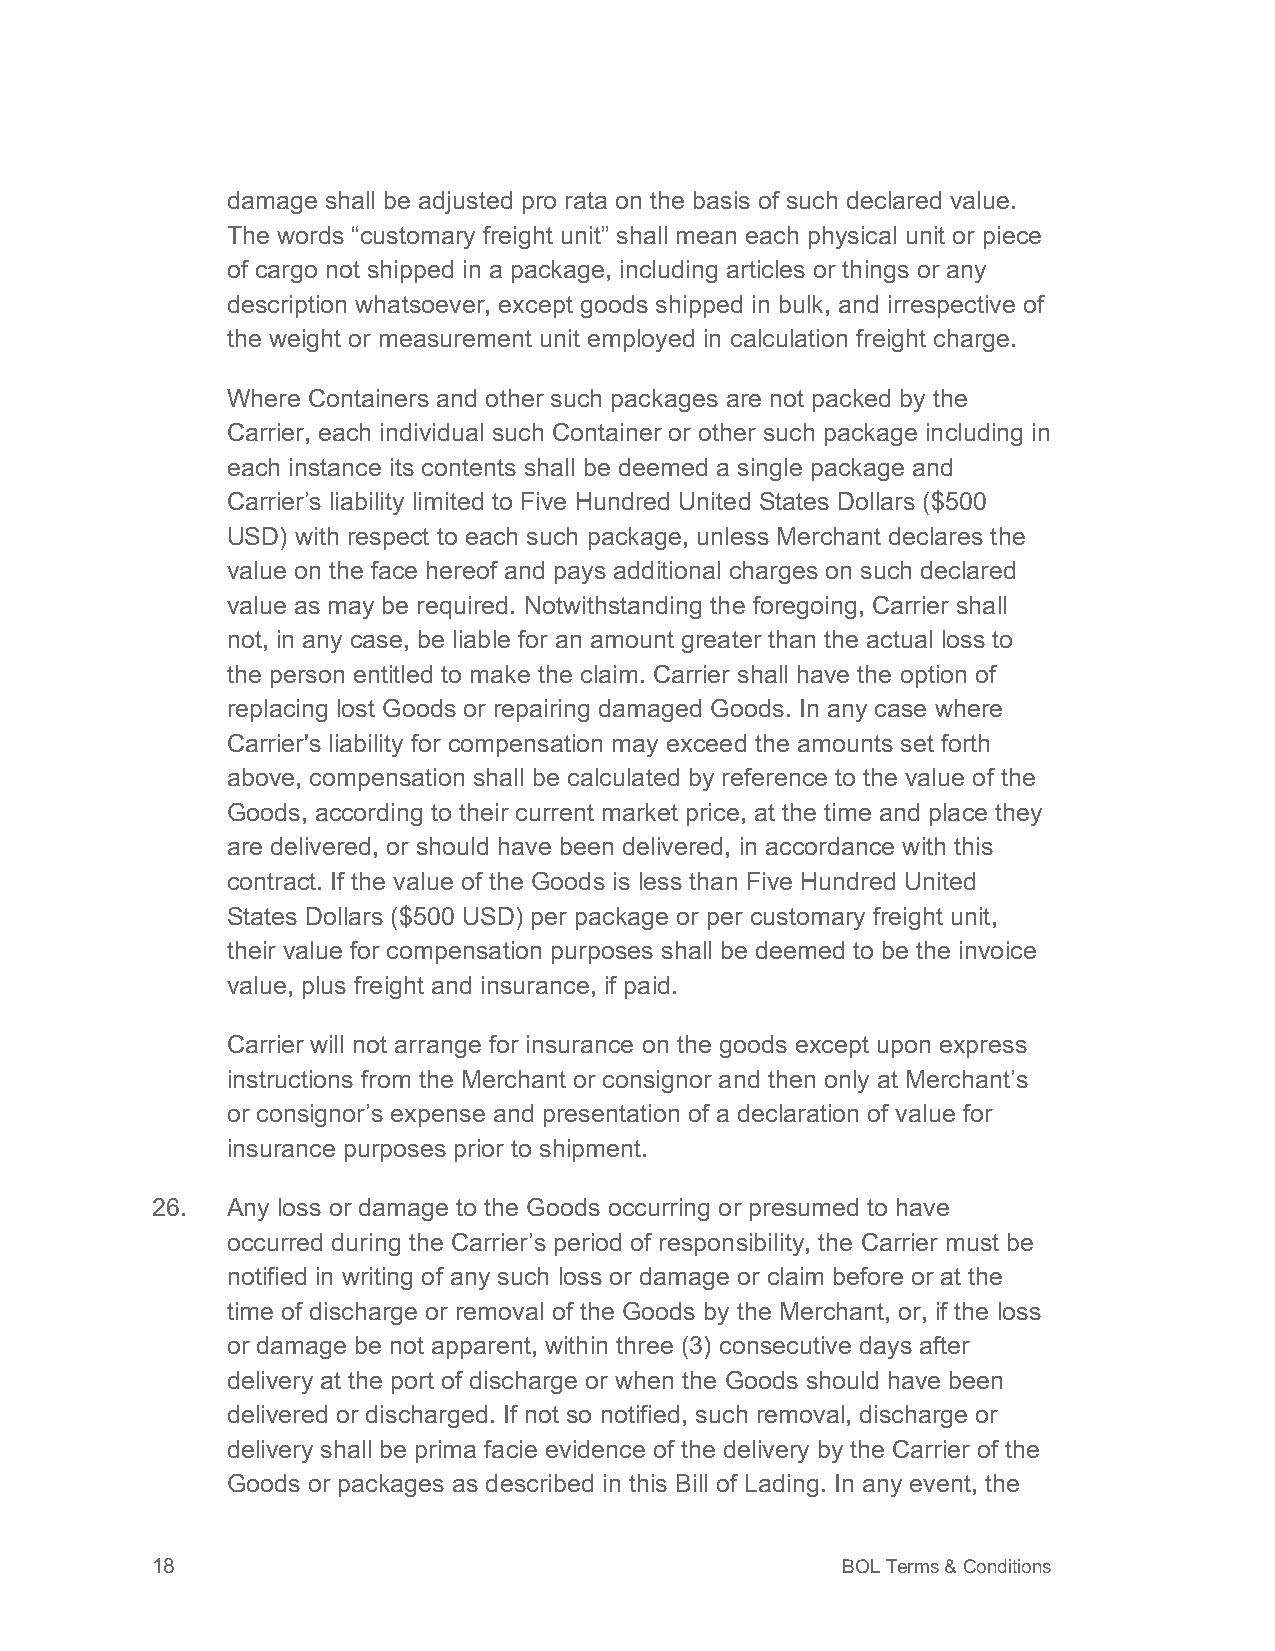
damage shall be adjusted pro rata on the basis of such declared value.
 The words “customary freight unit” shall mean each physical unit or piece
 of cargo not shipped in a package, including articles or things or any
 description whatsoever, except goods shipped in bulk, and irrespective of
 the weight or measurement unit employed in calculation freight charge.
 Where Containers and other such packages are not packed by the
 Carrier, each individual such Container or other such package including in
 each instance its contents shall be deemed a single package and
 Carrier’s liability limited to Five Hundred United States Dollars ($500
 USD) with respect to each such package, unless Merchant declares the
 value on the face hereof and pays additional charges on such declared
 value as may be required. Notwithstanding the foregoing, Carrier shall
 not, in any case, be liable for an amount greater than the actual loss to
 the person entitled to make the claim. Carrier shall have the option of
 replacing lost Goods or repairing damaged Goods. In any case where
 Carrier's liability for compensation may exceed the amounts set forth
 above, compensation shall be calculated by reference to the value of the
 Goods, according to their current market price, at the time and place they
 are delivered, or should have been delivered, in accordance with this
 contract. If the value of the Goods is less than Five Hundred United
 States Dollars ($500 USD) per package or per customary freight unit,
 their value for compensation purposes shall be deemed to be the invoice
 value, plus freight and insurance, if paid.
 Carrier will not arrange for insurance on the goods except upon express
 instructions from the Merchant or consignor and then only at Merchant’s
 or consignor’s expense and presentation of a declaration of value for
 insurance purposes prior to shipment.
 26.  Any loss or damage to the Goods occurring or presumed to have
 occurred during the Carrier’s period of responsibility, the Carrier must be
 notified in writing of any such loss or damage or claim before or at the
 time of discharge or removal of the Goods by the Merchant, or, if the loss
 or damage be not apparent, within three (3) consecutive days after
 delivery at the port of discharge or when the Goods should have been
 delivered or discharged. If not so notified, such removal, discharge or
 delivery shall be prima facie evidence of the delivery by the Carrier of the
 Goods or packages as described in this Bill of Lading. In any event, the
 18                                            BOL Terms & Conditions